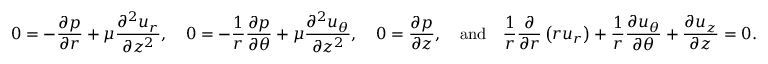
0 = - \frac { \partial p } { \partial r } + \mu \frac { \partial ^ { 2 } u _ { r } } { \partial { z } ^ { 2 } } , ~ ~ ~ 0 = - \frac { 1 } { r } \frac { \partial p } { \partial \theta } + \mu \frac { \partial ^ { 2 } u _ { \theta } } { \partial { z } ^ { 2 } } , ~ ~ ~ 0 = \frac { \partial p } { \partial z } , ~ ~ ~ \mathrm { a n d } ~ ~ ~ \frac { 1 } { r } \frac { \partial } { \partial r } \left( r u _ { r } \right) + \frac { 1 } { r } \frac { \partial u _ { \theta } } { \partial \theta } + \frac { \partial u _ { z } } { \partial z } = 0 .